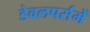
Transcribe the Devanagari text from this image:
डेवलपर्समें